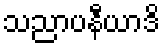
သညာပနီယာဒိ